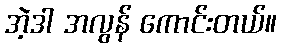
အဲ့ဒါ အလွန် ကောင်းတယ်။